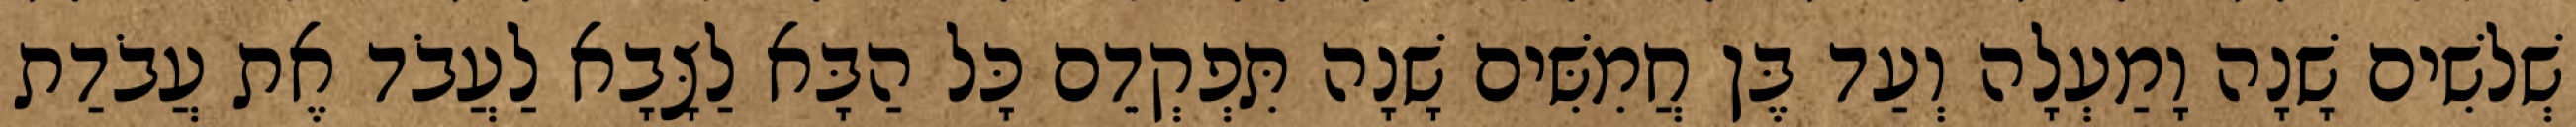
שְׁלשִׁים שָׁנָה וָמַעְלָה וְעַד בֶּן חֲמִשִּׁים שָׁנָה תִּפְקְדֵם כָּל הַבָּא לַצָּבָא לַעֲבֹד אֶת עֲבֹדַת